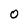
Character: O